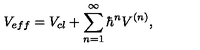
V _ { e f f } = V _ { c l } + \sum _ { n = 1 } ^ { \infty } { \hbar } ^ { n } V ^ { ( n ) } ,